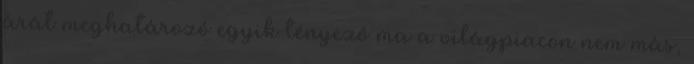
árát meghatározó egyik tényező ma a világpiacon nem más,